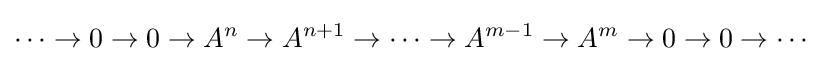
\cdots \to 0\to 0\to A^{n}\to A^{n+1}\to \cdots \to A^{m-1}\to A^{m}\to 0\to 0\to \cdots